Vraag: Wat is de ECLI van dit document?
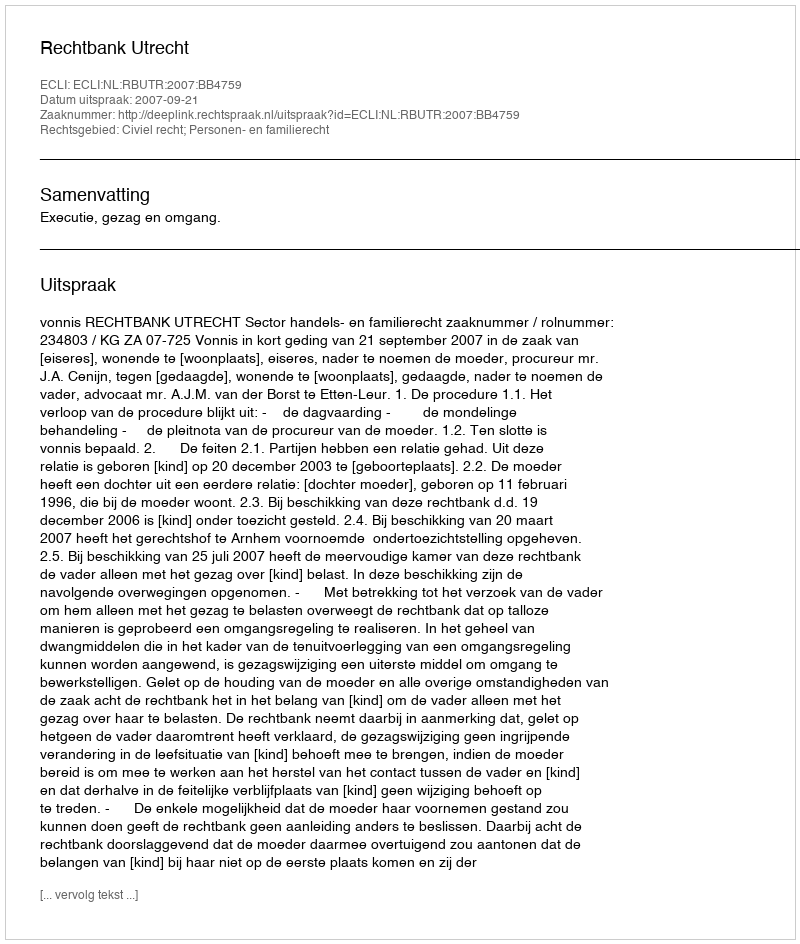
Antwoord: ECLI:NL:RBUTR:2007:BB4759